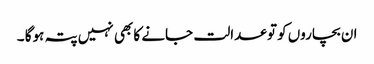
ان بچاروں کو تو عدالت جانے کا بھی نہیں پتہ ہوگا ۔